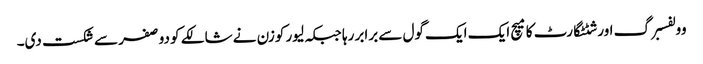
وولفسبرگ اور شٹٹگارٹ کا میچ ایک ایک گول سے برابر رہا جبکہ لیور کوزن نے شالکے کو دو صفر سے شکست دی۔